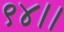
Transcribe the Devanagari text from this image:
९४।।